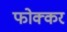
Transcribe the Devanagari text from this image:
फोक्‍कर